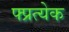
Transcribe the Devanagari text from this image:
फ्प्रत्येक